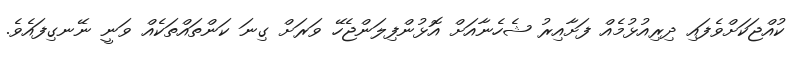
ކުއްޖަކަށްވެފައި ދިރިއުޅުމެއް ފަށާއިރު ޝެހެނާއަށް އޮޅުންފިލަންޖެހޭ ވަރަށް ގިނަ ކަންތައްތަކެއް ވަނީ ނޭނގިފައެވެ.